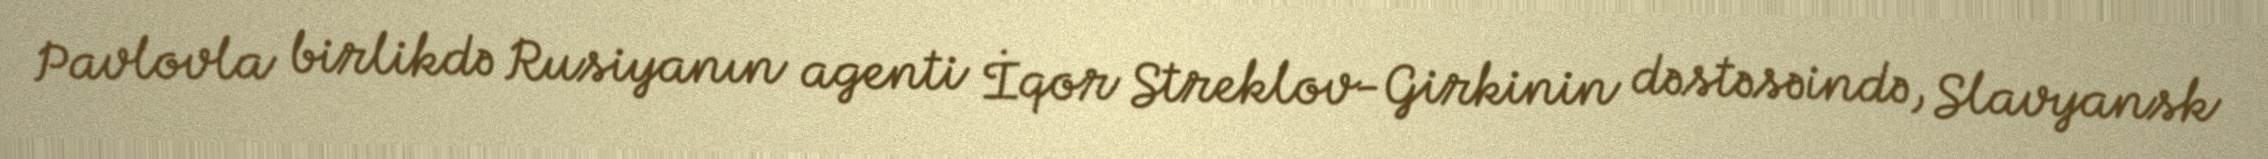
Pavlovla birlikdə Rusiyanın agenti İqor Streklov-Girkinin dəstəsəində, Slavyansk